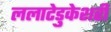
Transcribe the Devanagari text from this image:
ललाटेडुकेशरी